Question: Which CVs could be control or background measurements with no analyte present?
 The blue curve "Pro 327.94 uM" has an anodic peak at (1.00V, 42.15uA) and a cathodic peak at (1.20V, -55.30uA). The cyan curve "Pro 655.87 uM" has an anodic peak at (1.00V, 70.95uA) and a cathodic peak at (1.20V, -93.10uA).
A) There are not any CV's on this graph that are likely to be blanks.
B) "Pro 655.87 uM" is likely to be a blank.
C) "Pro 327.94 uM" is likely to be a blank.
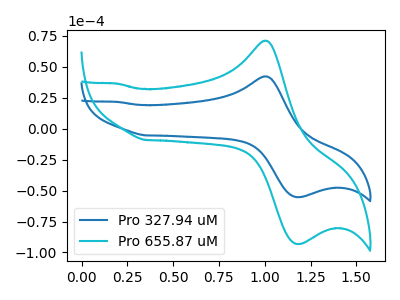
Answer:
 <answer>A) There are not any CV's on this graph that are likely to be blanks.</answer>
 <eval>A</eval>